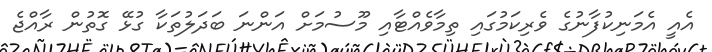
އެއީ އެމަނިކުފާނުގެ ވެރިކަމުގައި ތިމާވެއްޓާއި މޫސުމަށް އަންނަ ބަދަލުތަކާ ގުޅޭ ގޮތުން ރާއްޖެ